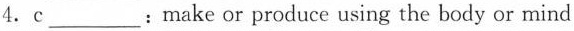
4. c___: make or produce using the body or mind